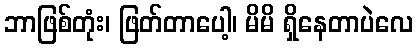
ဘာဖြစ်တုံး၊ ဖြတ်တာပေါ့၊ မိမိ ရှိနေတာပဲလေ